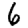
Digit: 6